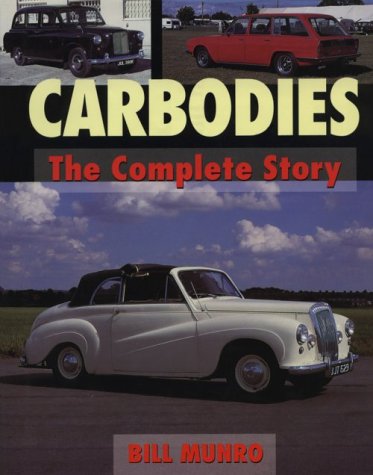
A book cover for Carbodies: The Complete Story (Crowood AutoClassic); Bill Munro; Engineering & Transportation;